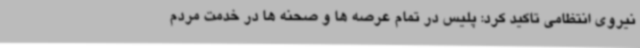
نیروی انتظامی تاکید کرد: پلیس در تمام عرصه ها و صحنه ها در خدمت مردم